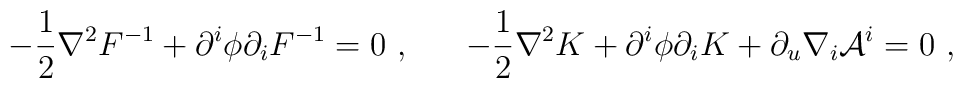
- {1\over 2} \nabla^2  F^{-1} +  \partial^i \phi \partial_i F^{-1} =0\  , \ \  \ \  \ - {1\over 2} \nabla^2  K    +  \partial^i \phi \partial_i K + \partial_u \nabla_i {\cal A}^i=0 \  ,